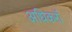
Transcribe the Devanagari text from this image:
अधिकरॉ